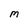
Character: M